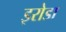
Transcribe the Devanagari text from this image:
इरोडा